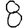
Digit: 8